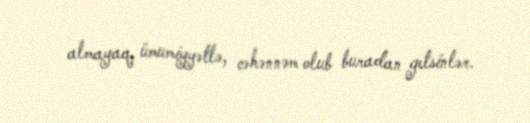
almayaq, ümumiyyətlə, cəhənnəm olub buradan getsinlər.